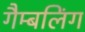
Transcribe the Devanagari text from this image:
गैम्बलिंग